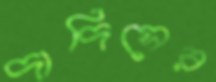
দাদিসের